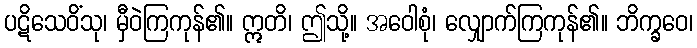
ပဋိသေဝိံသု၊ မှီဝဲကြကုန်၏။ ဣတိ၊ ဤသို့။ အဝေါစုံ၊ လျှောက်ကြကုန်၏။ ဘိက္ခဝေ၊